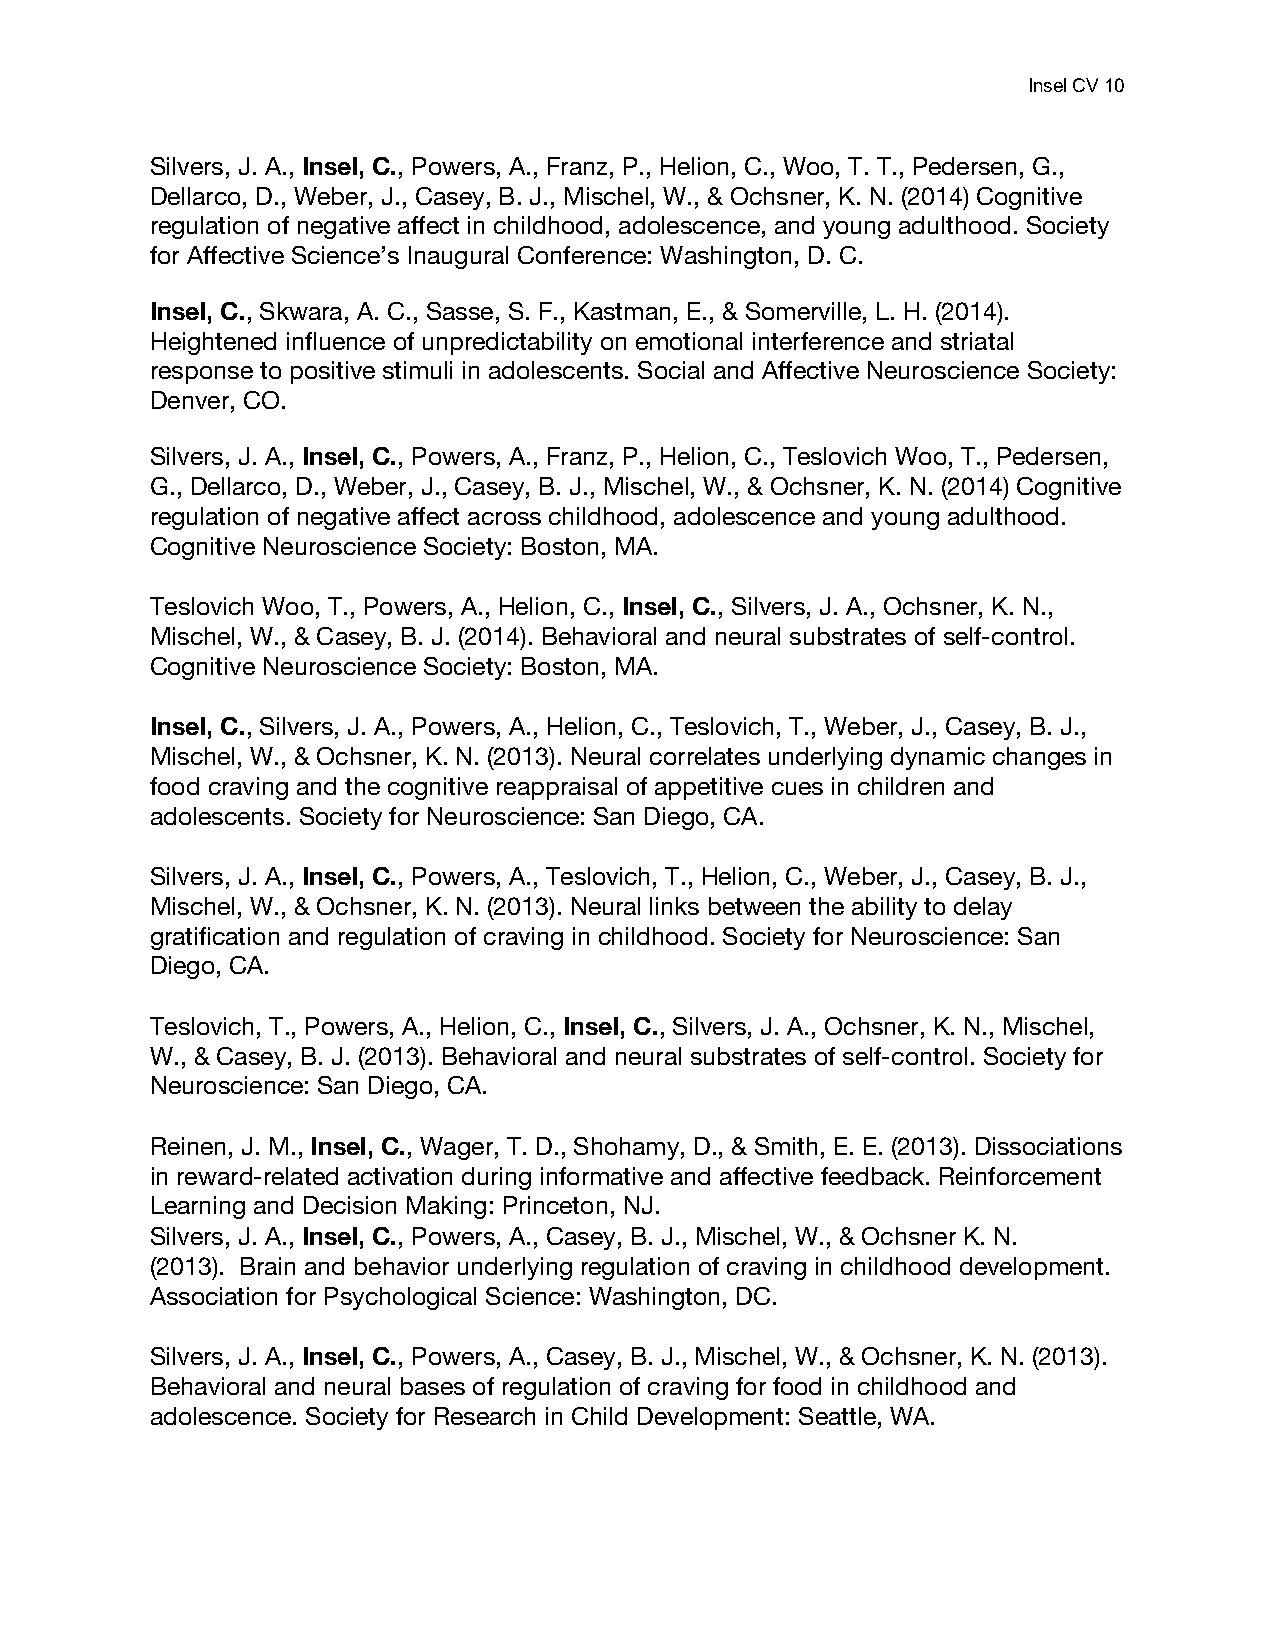
Insel CV 10
 Silvers, J. A., Insel, C., Powers, A., Franz, P., Helion, C., Woo, T. T., Pedersen, G.,
 Dellarco, D., Weber, J., Casey, B. J., Mischel, W., & Ochsner, K. N. (2014) Cognitive
 regulation of negative affect in childhood, adolescence, and young adulthood. Society
 for Affective Science’s Inaugural Conference: Washington, D. C.
 Insel, C., Skwara, A. C., Sasse, S. F., Kastman, E., & Somerville, L. H. (2014).
 Heightened influence of unpredictability on emotional interference and striatal
 response to positive stimuli in adolescents. Social and Affective Neuroscience Society:
 Denver, CO.
 Silvers, J. A., Insel, C., Powers, A., Franz, P., Helion, C., Teslovich Woo, T., Pedersen,
 G., Dellarco, D., Weber, J., Casey, B. J., Mischel, W., & Ochsner, K. N. (2014) Cognitive
 regulation of negative affect across childhood, adolescence and young adulthood.
 Cognitive Neuroscience Society: Boston, MA.
 Teslovich Woo, T., Powers, A., Helion, C., Insel, C., Silvers, J. A., Ochsner, K. N.,
 Mischel, W., & Casey, B. J. (2014). Behavioral and neural substrates of self-control.
 Cognitive Neuroscience Society: Boston, MA.
 Insel, C., Silvers, J. A., Powers, A., Helion, C., Teslovich, T., Weber, J., Casey, B. J.,
 Mischel, W., & Ochsner, K. N. (2013). Neural correlates underlying dynamic changes in
 food craving and the cognitive reappraisal of appetitive cues in children and
 adolescents. Society for Neuroscience: San Diego, CA.
 Silvers, J. A., Insel, C., Powers, A., Teslovich, T., Helion, C., Weber, J., Casey, B. J.,
 Mischel, W., & Ochsner, K. N. (2013). Neural links between the ability to delay
 gratification and regulation of craving in childhood. Society for Neuroscience: San
 Diego, CA.
 Teslovich, T., Powers, A., Helion, C., Insel, C., Silvers, J. A., Ochsner, K. N., Mischel,
 W., & Casey, B. J. (2013). Behavioral and neural substrates of self-control. Society for
 Neuroscience: San Diego, CA.
 Reinen, J. M., Insel, C., Wager, T. D., Shohamy, D., & Smith, E. E. (2013). Dissociations
 in reward-related activation during informative and affective feedback. Reinforcement
 Learning and Decision Making: Princeton, NJ.
 Silvers, J. A., Insel, C., Powers, A., Casey, B. J., Mischel, W., & Ochsner K. N.
 (2013). Brain and behavior underlying regulation of craving in childhood development.
 Association for Psychological Science: Washington, DC.
 Silvers, J. A., Insel, C., Powers, A., Casey, B. J., Mischel, W., & Ochsner, K. N. (2013).
 Behavioral and neural bases of regulation of craving for food in childhood and
 adolescence. Society for Research in Child Development: Seattle, WA.